Account of plague administration in the Bombay Presidency from September 1896 till May 1897
Year: 1896
Disease focus: Plague
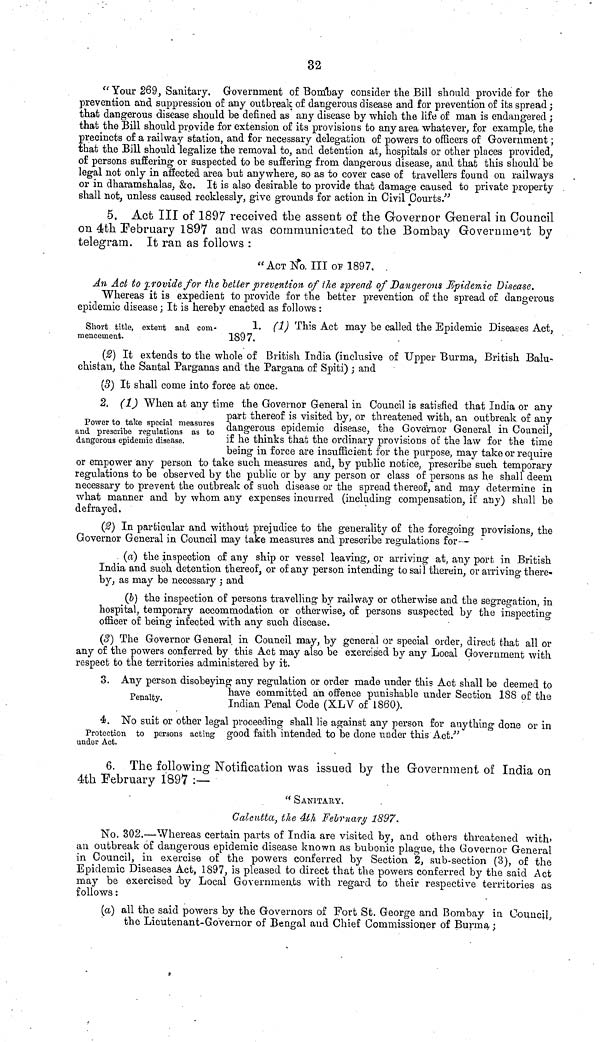
32
" Your 269, Sanitary. Government of Bombay consider the Bill should provide for the
prevention and suppression of any outbreak of dangerous disease and for prevention of its spread ;
that dangerous disease should be defined as any disease by which the life of man is endangered ;
that the Bill should provide for extension of its provisions to any area whatever, for example, the
precincts of a railway station, and for necessary delegation of powers to officers of Government ;
that the Bill should legalize the removal to, and detention at, hospitals or other places provided,
of persons suffering or suspected to be suffering from dangerous disease, and that this should' be
legal not only in affected area but anywhere, so as to cover case of travellers found on railways
or in dharamshalas, &c. It is also desirable to provide that damage caused to private property
shall not, unless caused recklessly, give grounds for action in Civil Courts/'
5. Act III of 1897 received the assent of the Governor General in Council
on 4th February 1897 and was communicated to the Bombay Government by
telegram. It ran as follows :
" ACT No. Ill 01-1897,
An Act to provide for the better prevention of i he spread of Dangerous JUpidemic Disease.
Whereas it is expedient to provide for the better prevention of the spread of dangerous
epidemic disease ; It is hereby enacted as f ollows :
Short title, extent and com-
1. (1) This Act may be called the Epidemic Diseases Act,
raencenient.
189 7.
(2) It extends to the whole of British India (inclusive of Upper Burma, British Balu-
chistan, the Santal Parganas and the Pargana of Spiti) ; and
(3) It shall come into force afc once.
Power to talee special measures
and prescribe regulations as to
dangerous epidemic disease.
2. (1) When at any time the Governor General in Council is satisfied that India or any
part thereor is visited by, or threatened with, an outbreak of any
dangerous epidemic disease, the Governor General in Council,
if he thinks that the ordinary provisions of the law for the time
being in force are insufficient for the purpose, may take or require
or empower any person to take such measures and, by public notice, prescribe such temporary
regulations to be observed by the public or by any person or class of persons as he shall deem
necessary to prevent the outbreak of such disease or the spread thereof, and may determine in
what manner and by whom any expenses incurred (including compensation, it' any) shall be
defrayed.
(β) In particular and without prejudice to the generality of the foregoing provisions, the
Governor General in Council may take measures and prescribe regulations for—
(a) the inspection of any ship or vessel leaving, or arriving at, any port in British
India and such detention thereof, or of any person intending to sail therein, or arriving there-
by, as may be necessary ; and
(&) the inspection of persons travelling by railway or otherwise and the segregation, in
hospital, temporary accommodation or otherwise, of persons suspected by the inspecting
officer of being infected with any such disease.
(5) The Governor General in Council may, by general or special order, direct that all or
any of the powers conferred by this Act may also be exercised by any Local Government with
respect to the territories administered by it.
3. Any person disobeying any regulation or order made under this Act shall be deemed to
ρ ,.
have committed an offence punishable under Section 188 of the
tenaity.
lo&yD. Penal Code (XLV of 1860).
4. No suit or other legal proceeding shall lie against any person for anything done or in
Protection to persons acting good faith intended to be done under this A.ct."
under Act.
6. The following Notification was issued by the Government of India on
4th February 1897 :—
" SANITARY.
Calcutta, the 4th February 1897.
No. 302.—Whereas certain parts of India are visited by, and others threatened with»
an outbreak of dangerous epidemic disease known as bubonic plague, the Governor General
in Council, in exercise of the powers conferred by Section 2, sub-section (3), of the
Epidemic Diseases Act, 1897, is pleased to direct that the powers conferred by the said Act
may be exercised by Local Governments with regard to their respective territories as
follows :
(a) all the said powers by the Governors of Fort St. George and Bombay in Council,
the Lieutenant-Governor of Bengal and Chief Commissioner of Burma ;